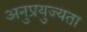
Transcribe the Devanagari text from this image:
अनुप्रयुज्यता